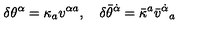
\delta \theta ^ { \alpha } = \kappa _ { a } v ^ { \alpha { } a } , \quad \delta \bar { \theta } ^ { \dot { \alpha } } = \bar { \kappa } ^ { a } \bar { v } ^ { \dot { \alpha } } { } _ { a }